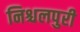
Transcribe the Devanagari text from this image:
निश्चलपुरी